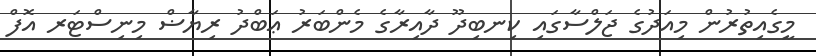
މީގެއިތުރުން މިއަދުގެ ޖަލްސާގައި ކިނބިދޫ ދާއިރާގެ މެންބަރު ޢަބްދު ރިޔާޟް މިނިސްޓަރ އޮފް